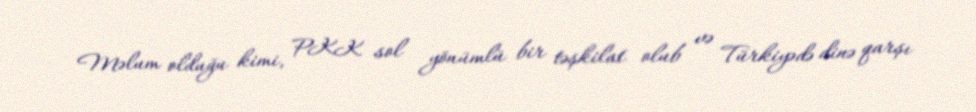
Məlum olduğu kimi, PKK sol yönümlü bir təşkilat olub və Türkiyədə dinə qarşı